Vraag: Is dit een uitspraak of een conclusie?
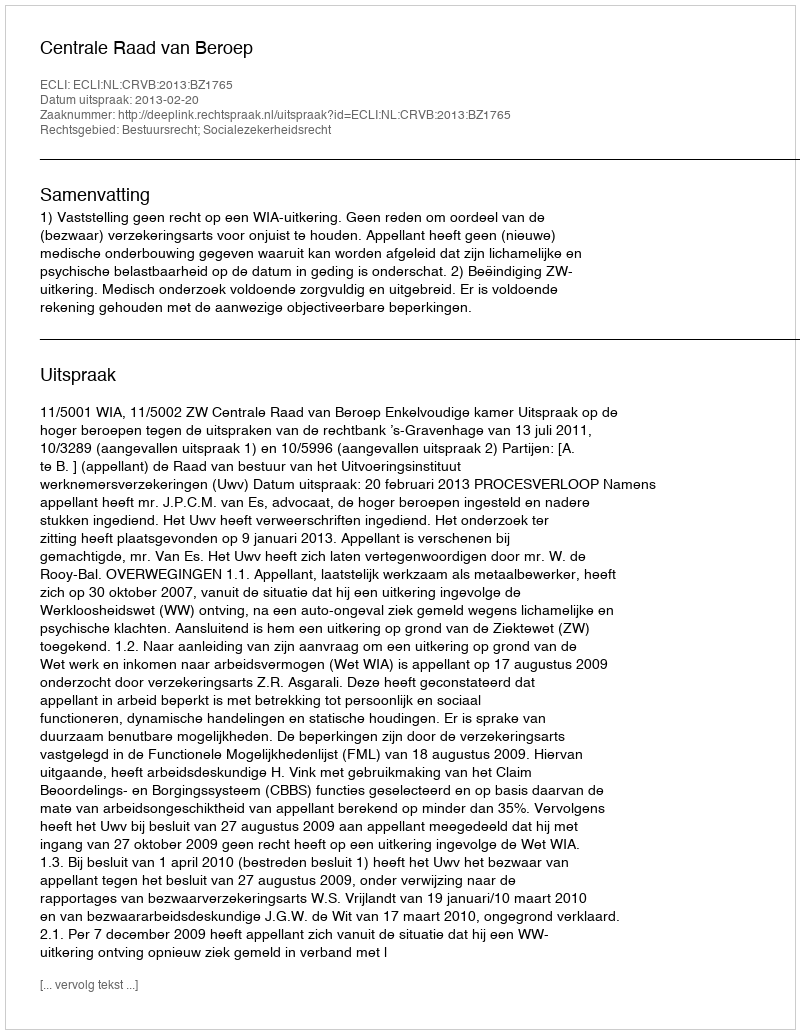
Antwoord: Uitspraak